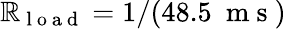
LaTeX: \mathbb{R}_{\mathrm{{~l~o~a~d~}}}=1/(48.5~\mathrm{{~m~s~}})